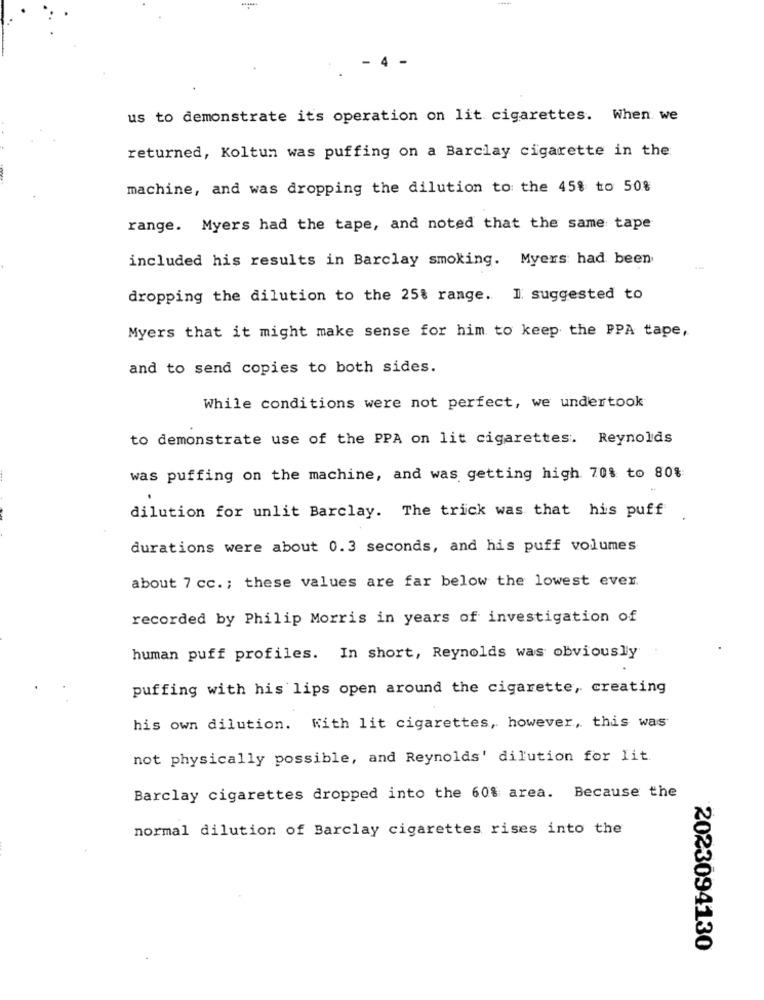
us to demonstrate its operation on lit cigarettes. When we
returned, Koltun was puffing on a Barclay cigarette in the
machine, and was dropping the dilution to the 45% to 50%
range. Myers had the tape, and noted that the same tape
included his results in Barclay smoking. Myers: had been
dropping the dilution to the 25% range. I suggested to
Myers that it might make sense for him to keep the PPA tape,
and to send copies to both sides.
While conditions were not perfect, we undertook
to demonstrate use of the PPA on lit cigarettes. Reynolds
was puffing on the machine, and was getting high 70% to 80%
dilution for unlit Barclay. The trick was that his puff
durations were about 0.3 seconds, and his puff volumes
about 7 cc. ; these values are far below the lowest ever.
recorded by Philip Morris in years of investigation of
human puff profiles. In short, Reynolds was obviously
puffing with his lips open around the cigarette, creating
his own dilution. With lit cigarettes, however, this was
not physically possible, and Reynolds' dilution for Iit.
Barclay cigarettes dropped into the 60% area. Because the
normal dilution of Barclay cigarettes rises into the
2023094130